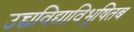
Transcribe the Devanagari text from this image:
उच्चविद्याविभूषितब